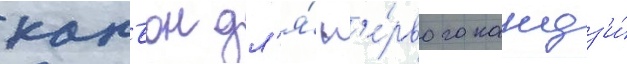
канъон дл'я́ п'е́рвого кандз'и́